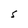
Character: S